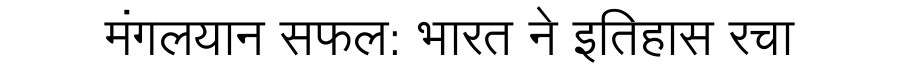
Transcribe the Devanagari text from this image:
मंगलयान सफल: भारत ने इतिहास रचा